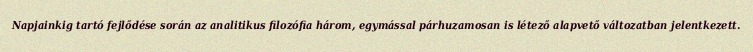
Nap­ja­inkig tartó fejlődése során az analitikus filozófia há­rom, egymással pár­huzamosan is létező alapvető változatban jelentkezett.